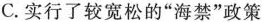
C. 实行了较宽松的”海禁”政策